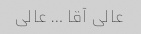
عالی آقا … عالی